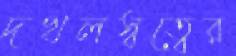
দখলস্বত্বের